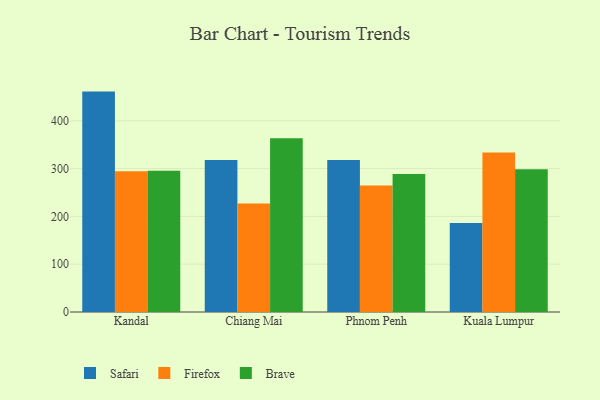
{"axis": {"x": "City", "y": "Bounce Rate (%)"}, "legend": ["Brave", "Firefox", "Safari"], "data": [{"x": "Kandal", "y": 461.1, "type": "Safari"}, {"x": "Kandal", "y": 294.5, "type": "Firefox"}, {"x": "Kandal", "y": 295.6, "type": "Brave"}, {"x": "Chiang Mai", "y": 317.9, "type": "Safari"}, {"x": "Chiang Mai", "y": 226.9, "type": "Firefox"}, {"x": "Chiang Mai", "y": 363.6, "type": "Brave"}, {"x": "Phnom Penh", "y": 317.9, "type": "Safari"}, {"x": "Phnom Penh", "y": 264.8, "type": "Firefox"}, {"x": "Phnom Penh", "y": 288.5, "type": "Brave"}, {"x": "Kuala Lumpur", "y": 186.4, "type": "Safari"}, {"x": "Kuala Lumpur", "y": 333.6, "type": "Firefox"}, {"x": "Kuala Lumpur", "y": 298.6, "type": "Brave"}]}